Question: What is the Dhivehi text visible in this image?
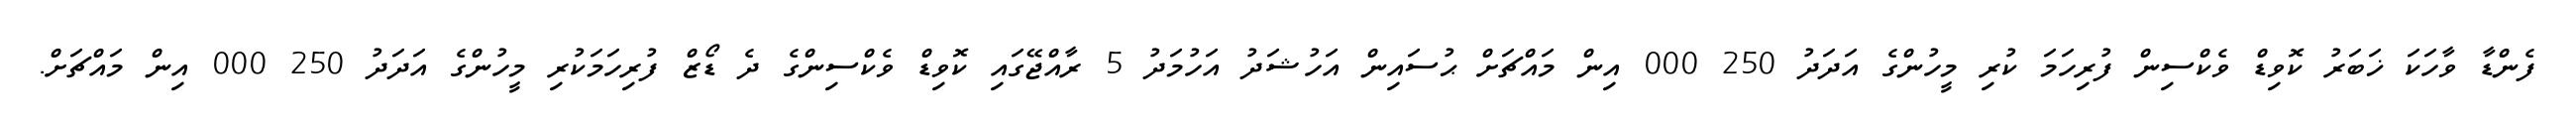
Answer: ފެންޑާ ވާހަކަ ޚަބަރު ކޮވިޑް ވެކްސިން ފުރިހަމަ ކުރި މީހުންގެ އަދަދު 250 000 އިން މައްޗަށް ޙުސައިން އަހުޝަދު އަހުމަދު 5 ރާއްޖޭގައި ކޮވިޑް ވެކްސިންގެ ދެ ޑޯޒް ފުރިހަމަކުރި މީހުންގެ އަދަދު 250 000 އިން މައްޗަށް.